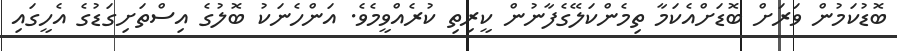
ބޮޑުކަމުން ވަރަށް ބޮޑަށްއެކަމާ ތިމެންކަލޭގެފާނުން ކީރިތި ކުރެއްވީމެވެ. އަންހެނަކު ބޮލުގެ އިސްތަށިގަޑުގެ އެހީގައި